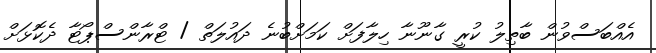
އެއްބަސްވުން ބާތިލު ކުރީ ގާނޫނާ ހިލާފަށް ކަމަށްބުނެ ދައުލަތް / ޓްރާންސްޕޯޓާ ދެކޮޅަށް